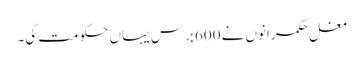
مغل حکمرانوں نے 600 برس یہاں حکومت کی۔